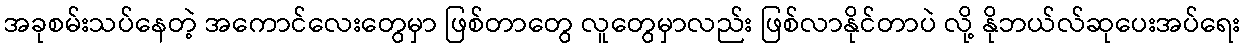
အခုစမ်းသပ်နေတဲ့ အကောင်လေးတွေမှာ ဖြစ်တာတွေ လူတွေမှာလည်း ဖြစ်လာနိုင်တာပဲ လို့ နိုဘယ်လ်ဆုပေးအပ်ရေး